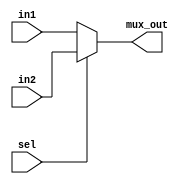
`timescale 1ns / 1ps
//////////////////////////////////////////////////////////////////////////////////
// Company: 
// Engineer: 
// 
// Design Name: 
// Module Name: param_2x1_MUX
// Project Name: 
// Target Devices: 
// Tool Versions: 
// Description: 
// 
// Dependencies: 
// 
// Revision:
// Revision 0.01 - File Created
// Additional Comments:
// 
//////////////////////////////////////////////////////////////////////////////////


module param_2x1_MUX#(
    parameter n = 32)(
    input [n-1 : 0] in1, in2,
    input sel,
    output [n-1 : 0] mux_out
    );
    
    assign mux_out = sel? in2 : in1;
endmodule